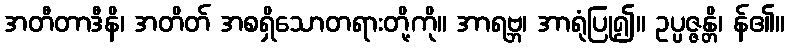
အတီတာဒီနိ၊ အတိတ် အစရှိသောတရားတို့ကို။ အာရဗ္ဘ၊ အာရုံပြု၍။ ဥပ္ပဇ္ဇန္တိ၊ န်၏။